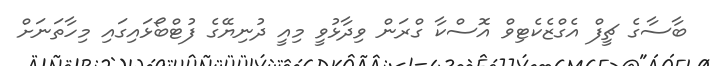
ބާސާގެ ޗީފް އެގްޒެކެޓިވް އޮސްކާ ގްރަން ވިދާޅުވީ މިއީ ދުނިޔޭގެ ފުޓްބޯޅައިގައި މިހާތަނަށް